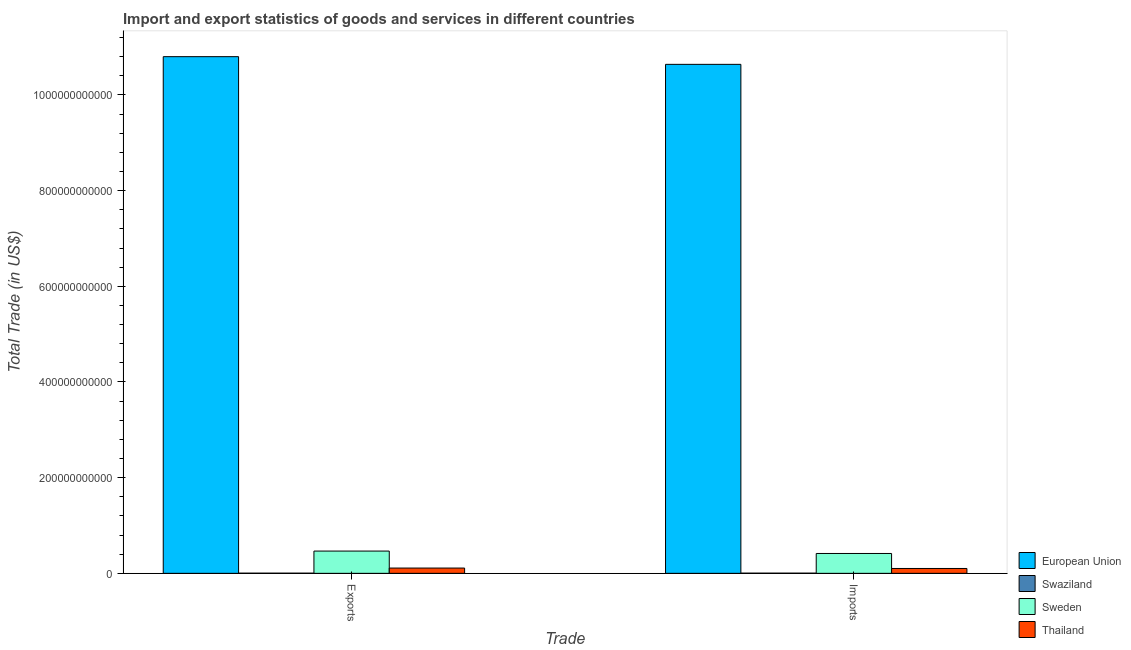
| Trade | European Union | Swaziland | Sweden | Thailand |
 | --- | --- | --- | --- | --- |
 | Exports | 1.08e+12 | 3.09e+08 | 4.65e+10 | 1.1e+10 |
 | Imports | 1.06e+12 | 3.58e+08 | 4.15e+10 | 1.02e+10 |